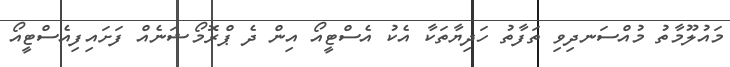
މައުލޫމާތު މުއްސަނދިވި ތަފާތު ހަދިޔާތަކާ އެކު އެސްޓީއޯ އިން ދެ ޕްރޮމޯޝަނެއް ފަށައިފިއެސްޓީއޯ